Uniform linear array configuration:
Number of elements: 64
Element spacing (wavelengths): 0.25
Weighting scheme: binomial
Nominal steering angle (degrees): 0
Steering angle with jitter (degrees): -0.6309
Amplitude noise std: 0.05
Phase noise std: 0.05

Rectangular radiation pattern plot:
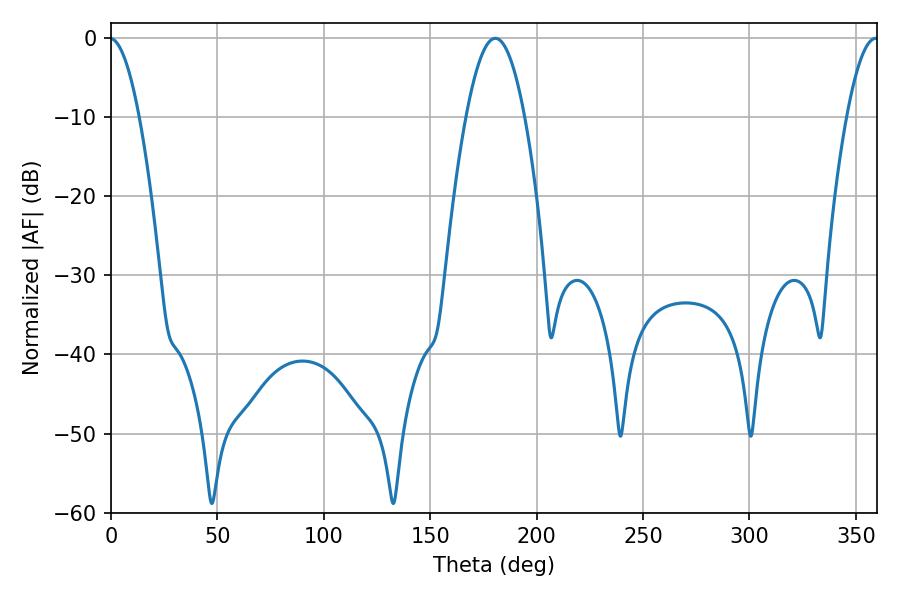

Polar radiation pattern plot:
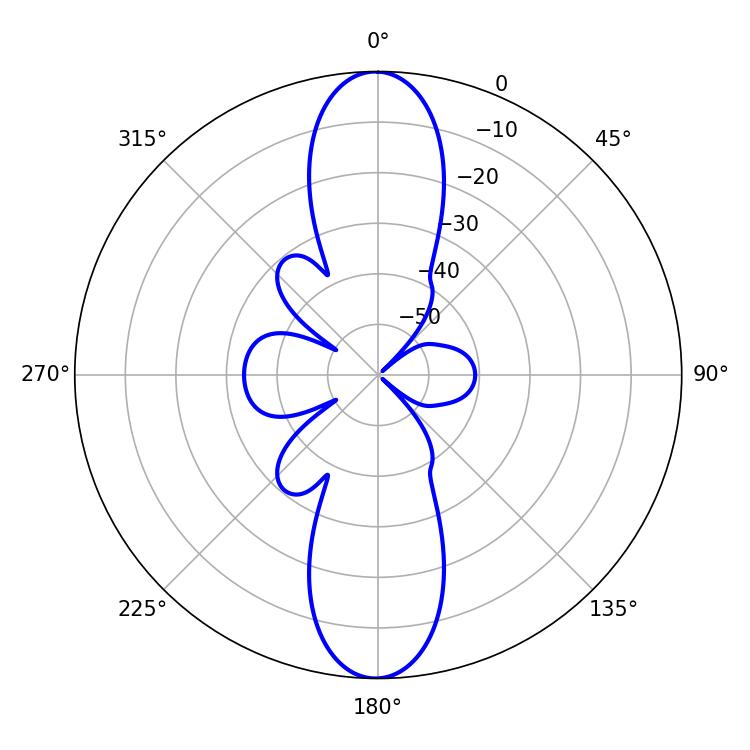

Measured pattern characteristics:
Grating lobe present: FALSE
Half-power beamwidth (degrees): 14.94
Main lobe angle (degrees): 180.54